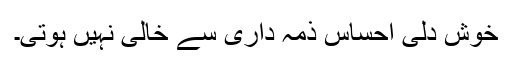
خوش دلی احساس ذمہ داری سے خالی نہیں ہوتی۔